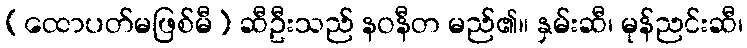
(ထောပတ်မဖြစ်မီ) ဆီဦးသည် နဝနီတ မည်၏။ နှမ်းဆီ၊ မုန်ညင်းဆီ၊